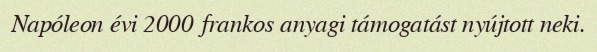
Napóleon évi 2000 frankos anyagi támogatást nyújtott neki.